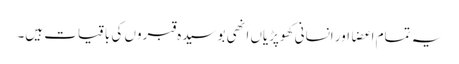
یہ تمام اعضا اور انسانی کھوپڑیاں انھی بوسیدہ قبروں کی باقیات ہیں۔